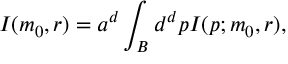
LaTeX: I ( m _ { 0 } , r ) = a ^ { d } \int _ { \cal B } d ^ { d } p I ( p ; m _ { 0 } , r ) ,